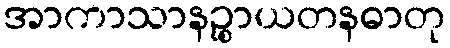
အာကာသာနဉ္စာယတနဓာတု